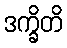
ဒက္ခိတိ